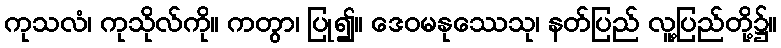
ကုသလံ၊ ကုသိုလ်ကို။ ကတွာ၊ ပြု၍။ ဒေဝမနုဿေသု၊ နတ်ပြည် လူ့ပြည်တို့၌။